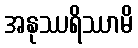
အနုဿရိဿာမိ